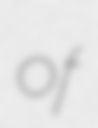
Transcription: of